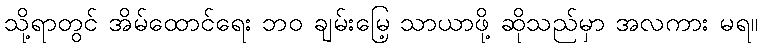
သို့ရာတွင် အိမ်ထောင်ရေး ဘဝ ချမ်းမြေ့ သာယာဖို့ ဆိုသည်မှာ အလကား မရ။